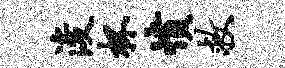
浚杯愤救